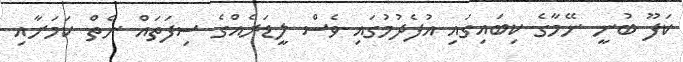
ކަފޫ ބުނީ ނޭމާގެ ކިބައިގައި އުފެދުމުގައި ވެސް ލީޑަރެއްގެ ސިފަތައް ނެތް ކަމަށާއި